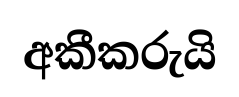
අකීකරුයි